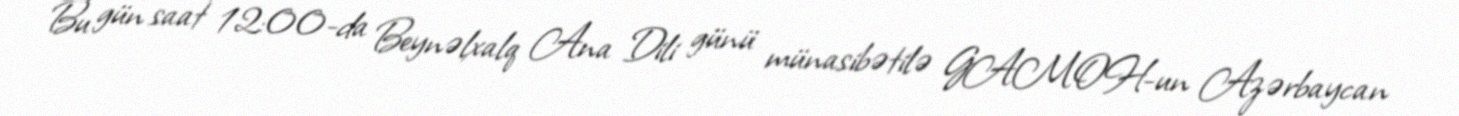
Bu gün saat 12:00-da Beynəlxalq Ana Dili günü münasibətilə GAMOH-un Azərbaycan